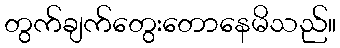
တွက်ချက်တွေးတောနေမိသည်။